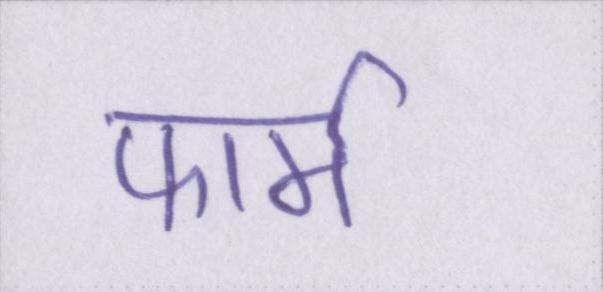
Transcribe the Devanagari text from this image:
फार्म